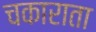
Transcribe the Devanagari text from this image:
चकाराता